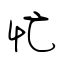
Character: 忙